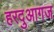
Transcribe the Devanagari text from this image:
हरदुआगज